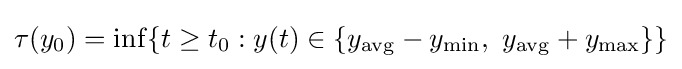
\tau (y_{0})=\inf\{t\geq t_{0}:y(t)\in \{y_{\operatorname {avg} }-y_{\min },\ y_{\operatorname {avg} }+y_{\max }\}\}